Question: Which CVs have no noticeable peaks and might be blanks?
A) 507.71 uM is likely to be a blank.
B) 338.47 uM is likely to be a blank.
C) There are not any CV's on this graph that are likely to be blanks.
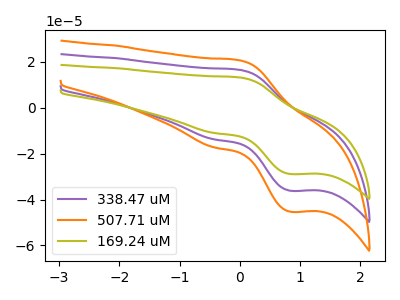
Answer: <think>The purple curve "338.47 uM" has an anodic peak at (0.00V, 16.50uA) and a cathodic peak at (0.85V, -36.20uA). The orange curve "507.71 uM" has an anodic peak at (0.00V, 33.00uA) and a cathodic peak at (0.85V, -72.40uA). The olive curve "169.24 uM" has an anodic peak at (0.00V, 13.15uA) and a cathodic peak at (0.85V, -28.90uA).</think>
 <answer>C) There are not any CV's on this graph that are likely to be blanks.</answer>
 <eval>C</eval>